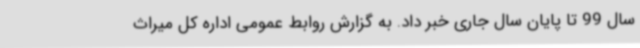
سال 99 تا پایان سال جاری خبر داد. به گزارش روابط عمومی اداره کل میراث